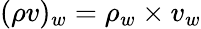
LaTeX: (\rho v)_{w}=\rho_{w}\times v_{w}